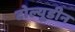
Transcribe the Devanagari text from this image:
टोल्यूडीन